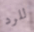
للرد